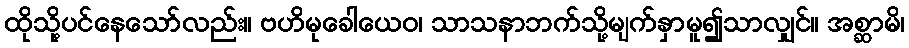
ထိုသို့ပင်နေသော်လည်း။ ဗဟိမုခေါယေဝ၊ သာသနာဘက်သို့မျက်နှာမူ၍သာလျှင်။ အစ္ဆာမိ၊